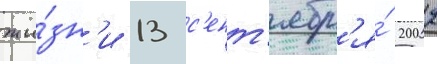
жи́зн'и 13 с'ент'ябр'я́ 2002